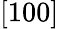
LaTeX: [100]